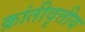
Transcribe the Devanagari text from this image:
क्रांतीवृत्तीय